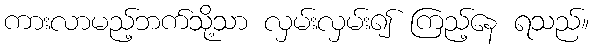
ကားလာမည့်ဘက်သို့သာ လှမ်းလှမ်း၍ ကြည့်နေ ရသည်။